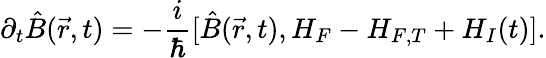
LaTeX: \partial_{t}\hat{B}(\vec{r},t)=-\frac{i}{\hbar}[\hat{B}(\vec{r},t),H_{F}-H_{F,T}+H_{I}(t)].